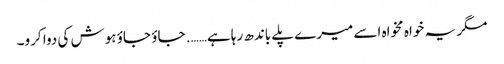
مگر یہ خواہ مخواہ اسے میرے پلے باندھ رہا ہے……. جاؤ جاؤ ہوش کی دوا کرو۔